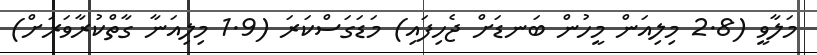
މަލާވީ (2.8 މިލިއަން މީހުން ބަނޑަށް ޖެހިފައި) މަޑަގަސްކަރަ (1.9 މިލިއަނާ ގާތްކުރާވަރަށް)